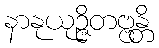
နာနုယုဉ္ဇိတဗ္ဗန္တိ